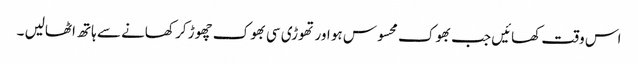
اس وقت کھائیں جب بھوک محسوس ہو اور تھوڑی سی بھوک چھوڑ کر کھانے سے ہاتھ اٹھالیں ۔